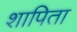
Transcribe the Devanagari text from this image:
शापिता